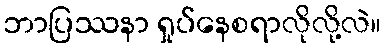
ဘာပြဿနာ ရှုပ်နေစရာလိုလို့လဲ။